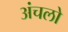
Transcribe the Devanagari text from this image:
अंचलो